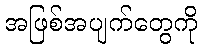
အဖြစ်အပျက်တွေကို